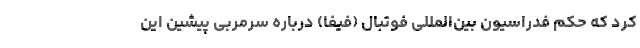
کرد که حکم فدراسیون بین‌المللی فوتبال (فیفا) درباره سرمربی پیشین این